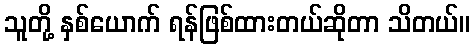
သူတို့ နှစ်ယောက် ရန်ဖြစ်ထားတယ်ဆိုတာ သိတယ်။